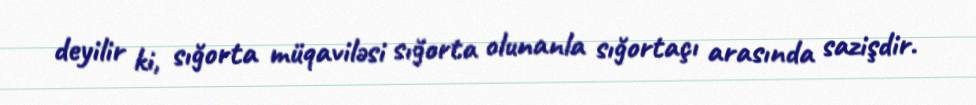
deyilir ki, sığorta müqaviləsi sığorta olunanla sığortaçı arasında sazişdir.